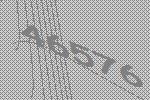
46576